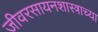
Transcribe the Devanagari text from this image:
जीवरसायनशास्त्राच्या